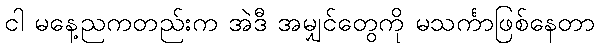
ငါ မနေ့ညကတည်းက အဲဒီ အမျှင်တွေကို မသင်္ကာဖြစ်နေတာ